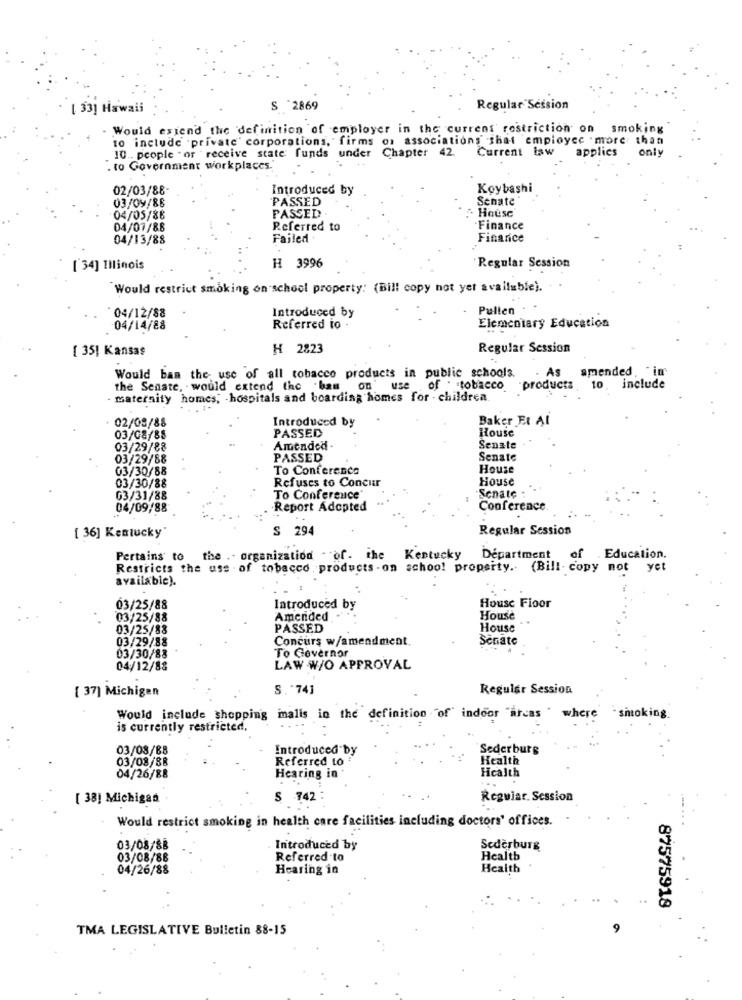
[ 33] Hawaii
S 2869
Regular Session
Would extend the definition of employer in the current restriction on smoking
to include .private' corporations, firms or associations shat employee . more than
10 .. people " or "receive state funds under Chapter 42.
Current law
applies
only
. to Government workplaces.
02/03/88-
Introduced by
Koybashi
03/09/86
PASSED
Senate
PASSED
04/05/86
House
04/07/88
Referred to
Finance
04/13/88
Failed.
Finarice
['34] Illinois
H 3996
Regular Session
Would restrict smoking on school property: (Bill copy not yet available).
Introduced by
Pullen
*04/12/88
Elementary Education
04/14/88
Referred to -
[ 35] Kansas
H 2823
Regular Session
Would ban the use of all tobacco products in public schools.
As amended. "in
the Senate, would extend the bas on' use of . tobacco products to include
maternity homes, - hospitals and boarding homes for - children.
02/08/88
Introduced by
Baker Et Al
PASSED
House
03/08/88
03/29/88
Amended
Senate
03/29/88
PASSED
Senate
03/30/88
To Conference
House
Refuses to Concur
House
03/30/88
G3/31/88
To Conference
Senate
04/09/88
·Report Adopted
Conference
S 294
Regular Session
[ 36] Kentucky
Pertains to the .. organization - of. the Kentucky
Department
of
Education.
Restricts the uss . of tobacco , products - on school property .. (Bill- copy not
yet
available).
03/25/88
Introduced by
House Floor
03/25/88
Amended
House
03/25/88
PASSED
House
03/29/88
Concurs w/amendment.
Senate
To Governor
03/30/88
04/12/88
LAW W/O APPROVAL
[ 37] Michigan
S. "74]
Regular Session
Would include shopping malls in the definition "of" indoor "areas where
smoking
is currently restricted,
03/08/88
Introduced by
Sederburg
03/08/88
Referred to
Health
Hearing in
04/26/88
Health
...
[ 38] Michigan
S 742
Reguiar. Session
Would restrict smoking in health care facilities including doctors' offices.
03/08/88
Introduced by
Sederburg
03/08/88
Referred to
Health
04/26/88
Hearing in
Health
87575918
TMA LEGISLATIVE Bulletin 88-15